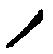
ノ